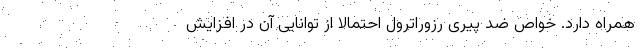
همراه دارد. خواص ضد پیری رزوراترول احتمالا از توانایی آن در افزایش